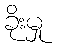
ခိုးမှု